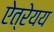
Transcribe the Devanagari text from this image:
ऐत्रेयय